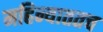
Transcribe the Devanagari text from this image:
महिन्याततच